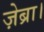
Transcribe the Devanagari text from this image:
ज़ेब्रा।